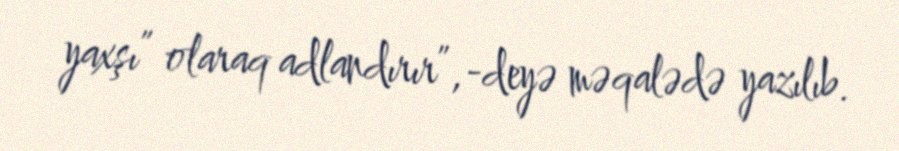
yaxşı” olaraq adlandırır”,-deyə məqalədə yazılıb.